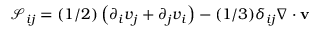
\mathcal { S } _ { i j } = ( 1 / 2 ) \left( \partial _ { i } v _ { j } + \partial _ { j } v _ { i } \right) - ( 1 / 3 ) \delta _ { i j } \nabla \cdot \mathbf { v }